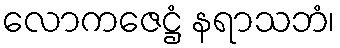
လောကဇေဋ္ဌံ နရာသဘံ၊